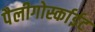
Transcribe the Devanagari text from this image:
पैलीगोर्स्काईट